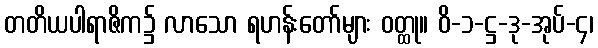
တတိယပါရာဇိက၌ လာသော ရဟန်းတော်များ ဝတ္ထု။ ဝိ-၁-ဋ္ဌ-ဒု-အုပ်-၄၊